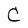
Character: C